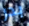
بدر